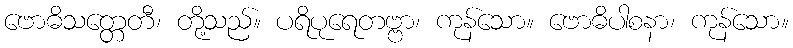
ဗောဓိသတ္တေတီ၊ တို့သည်။ ပရိပုရေတဗ္ဗာ၊ ကုန်သော။ ဗောဓိပါစနာ၊ ကုန်သော။